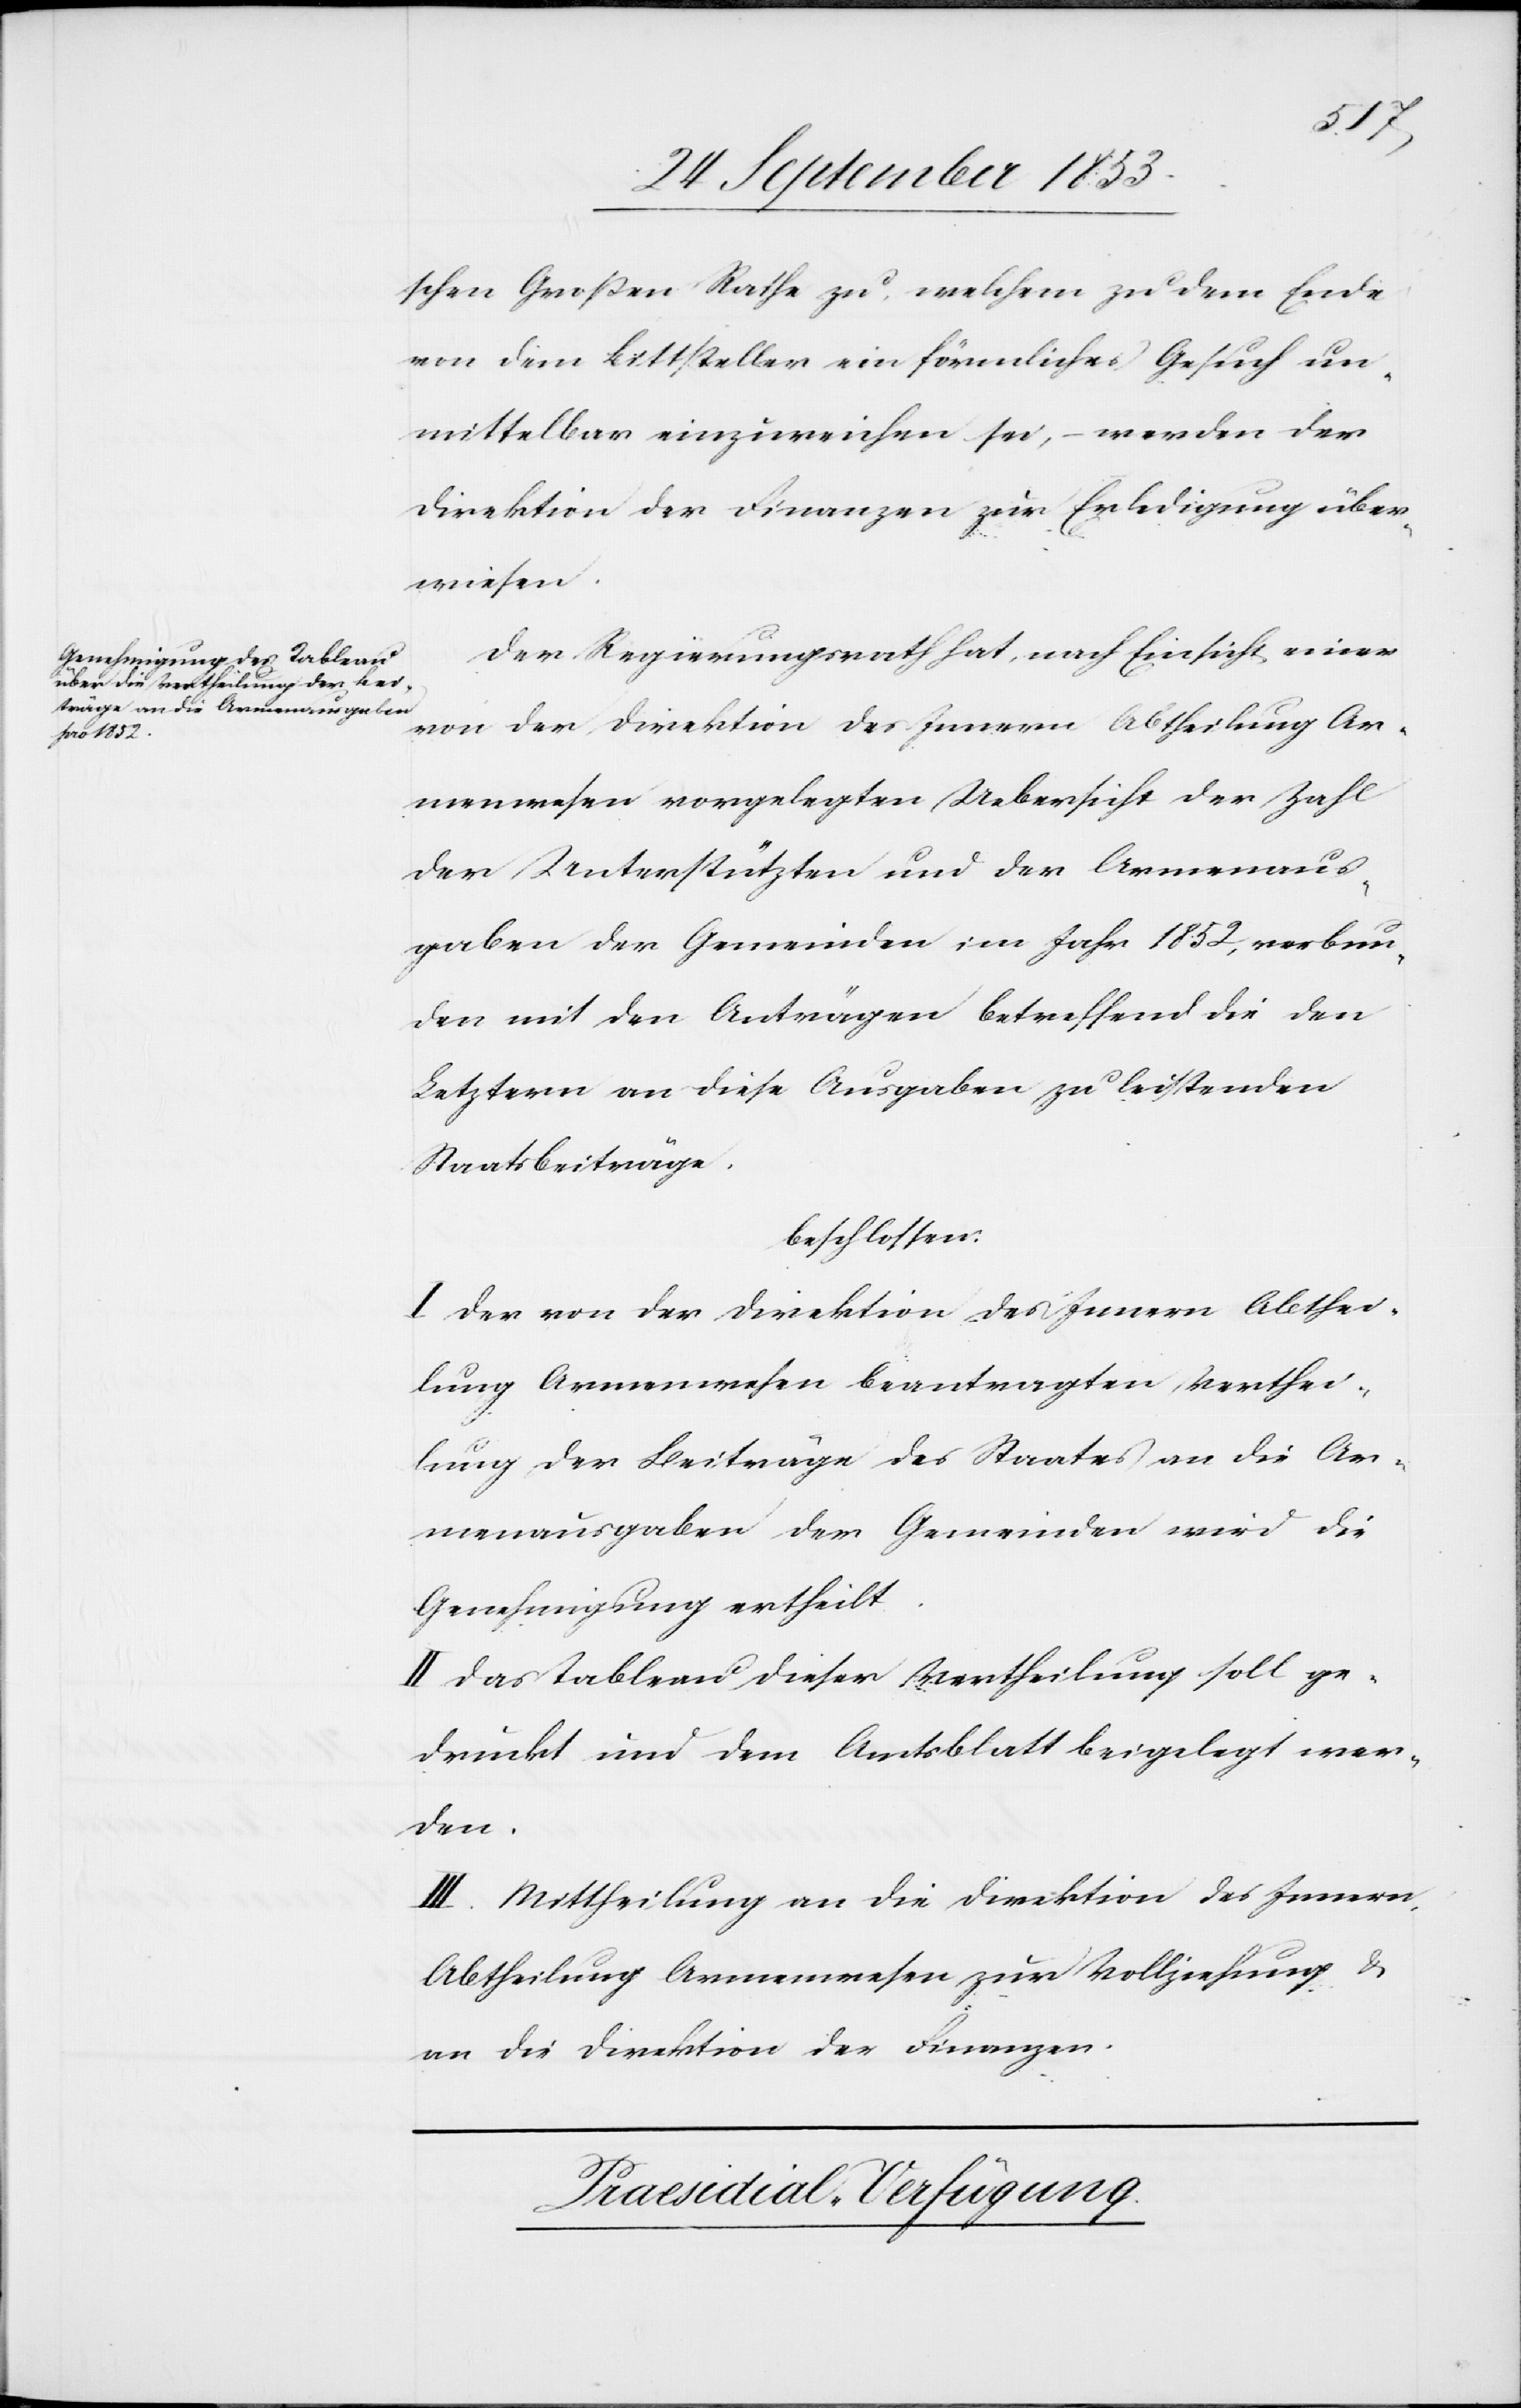
schen Großen Rathe zu, welchem zu dem Ende
von dem Bittsteller ein förmliches Gesuch un¬
mittelbar einzureichen sei, – werden der
Direktion der Finanzen zur Erledigung über¬
wiesen.
Der Regierungsrath hat, nach Einsicht eines
von der Direktion des Innern Abtheilung Ar¬
menwesen vorgelegten Uebersicht der Zahl
der Unterstützten und der Armenaus¬
gaben der Gemeinden im Jahr 1852, verbun¬
den mit den Anträgen betreffend die den
Letztern an diese Ausgaben zu leistenden
Staatsbeiträge.
beschlossen:
I. Der von der Direktion des Innern Abthei¬
lung Armenwesen beantragten Verthei¬
lung der Beiträge des Staates an die Ar¬
menausgaben der Gemeinden wird die
Genehmigung ertheilt.
II. Das Tableau dieser Vertheilung soll ge¬
druckt und dem Amtsblatt beigelegt wer¬
den.
III. Mittheilung an die Direktion des Innern
Abtheilung Armenwesen zur Vollziehung u.
an die Direktion der Finanzen.